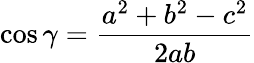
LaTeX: \cos\gamma={\frac{a^{2}+b^{2}-c^{2}}{2ab}}